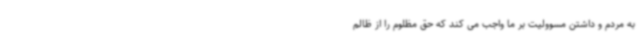
به مردم و داشتن مسوولیت بر ما واجب می کند که حق مظلوم را از ظالم